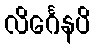
လိင်္ဂေနပိ